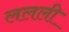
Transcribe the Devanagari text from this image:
ललली